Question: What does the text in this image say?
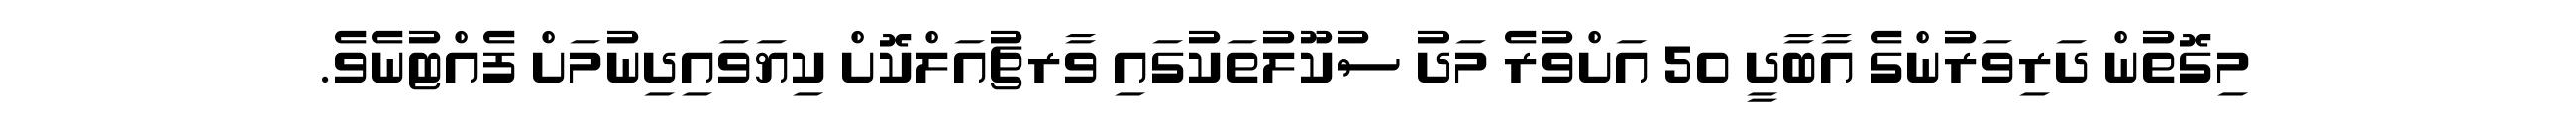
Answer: މިގޮތުން ދަރިވަރުންގެ އާބާދީ 50 އަށްވުރެ މަދު ސުކޫލުތަކުގައި ވާރޗުއަލްކޮށް ކިޔަވައިދިނުމަށް ފެއްޓުނެވެ.